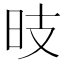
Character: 𱡺